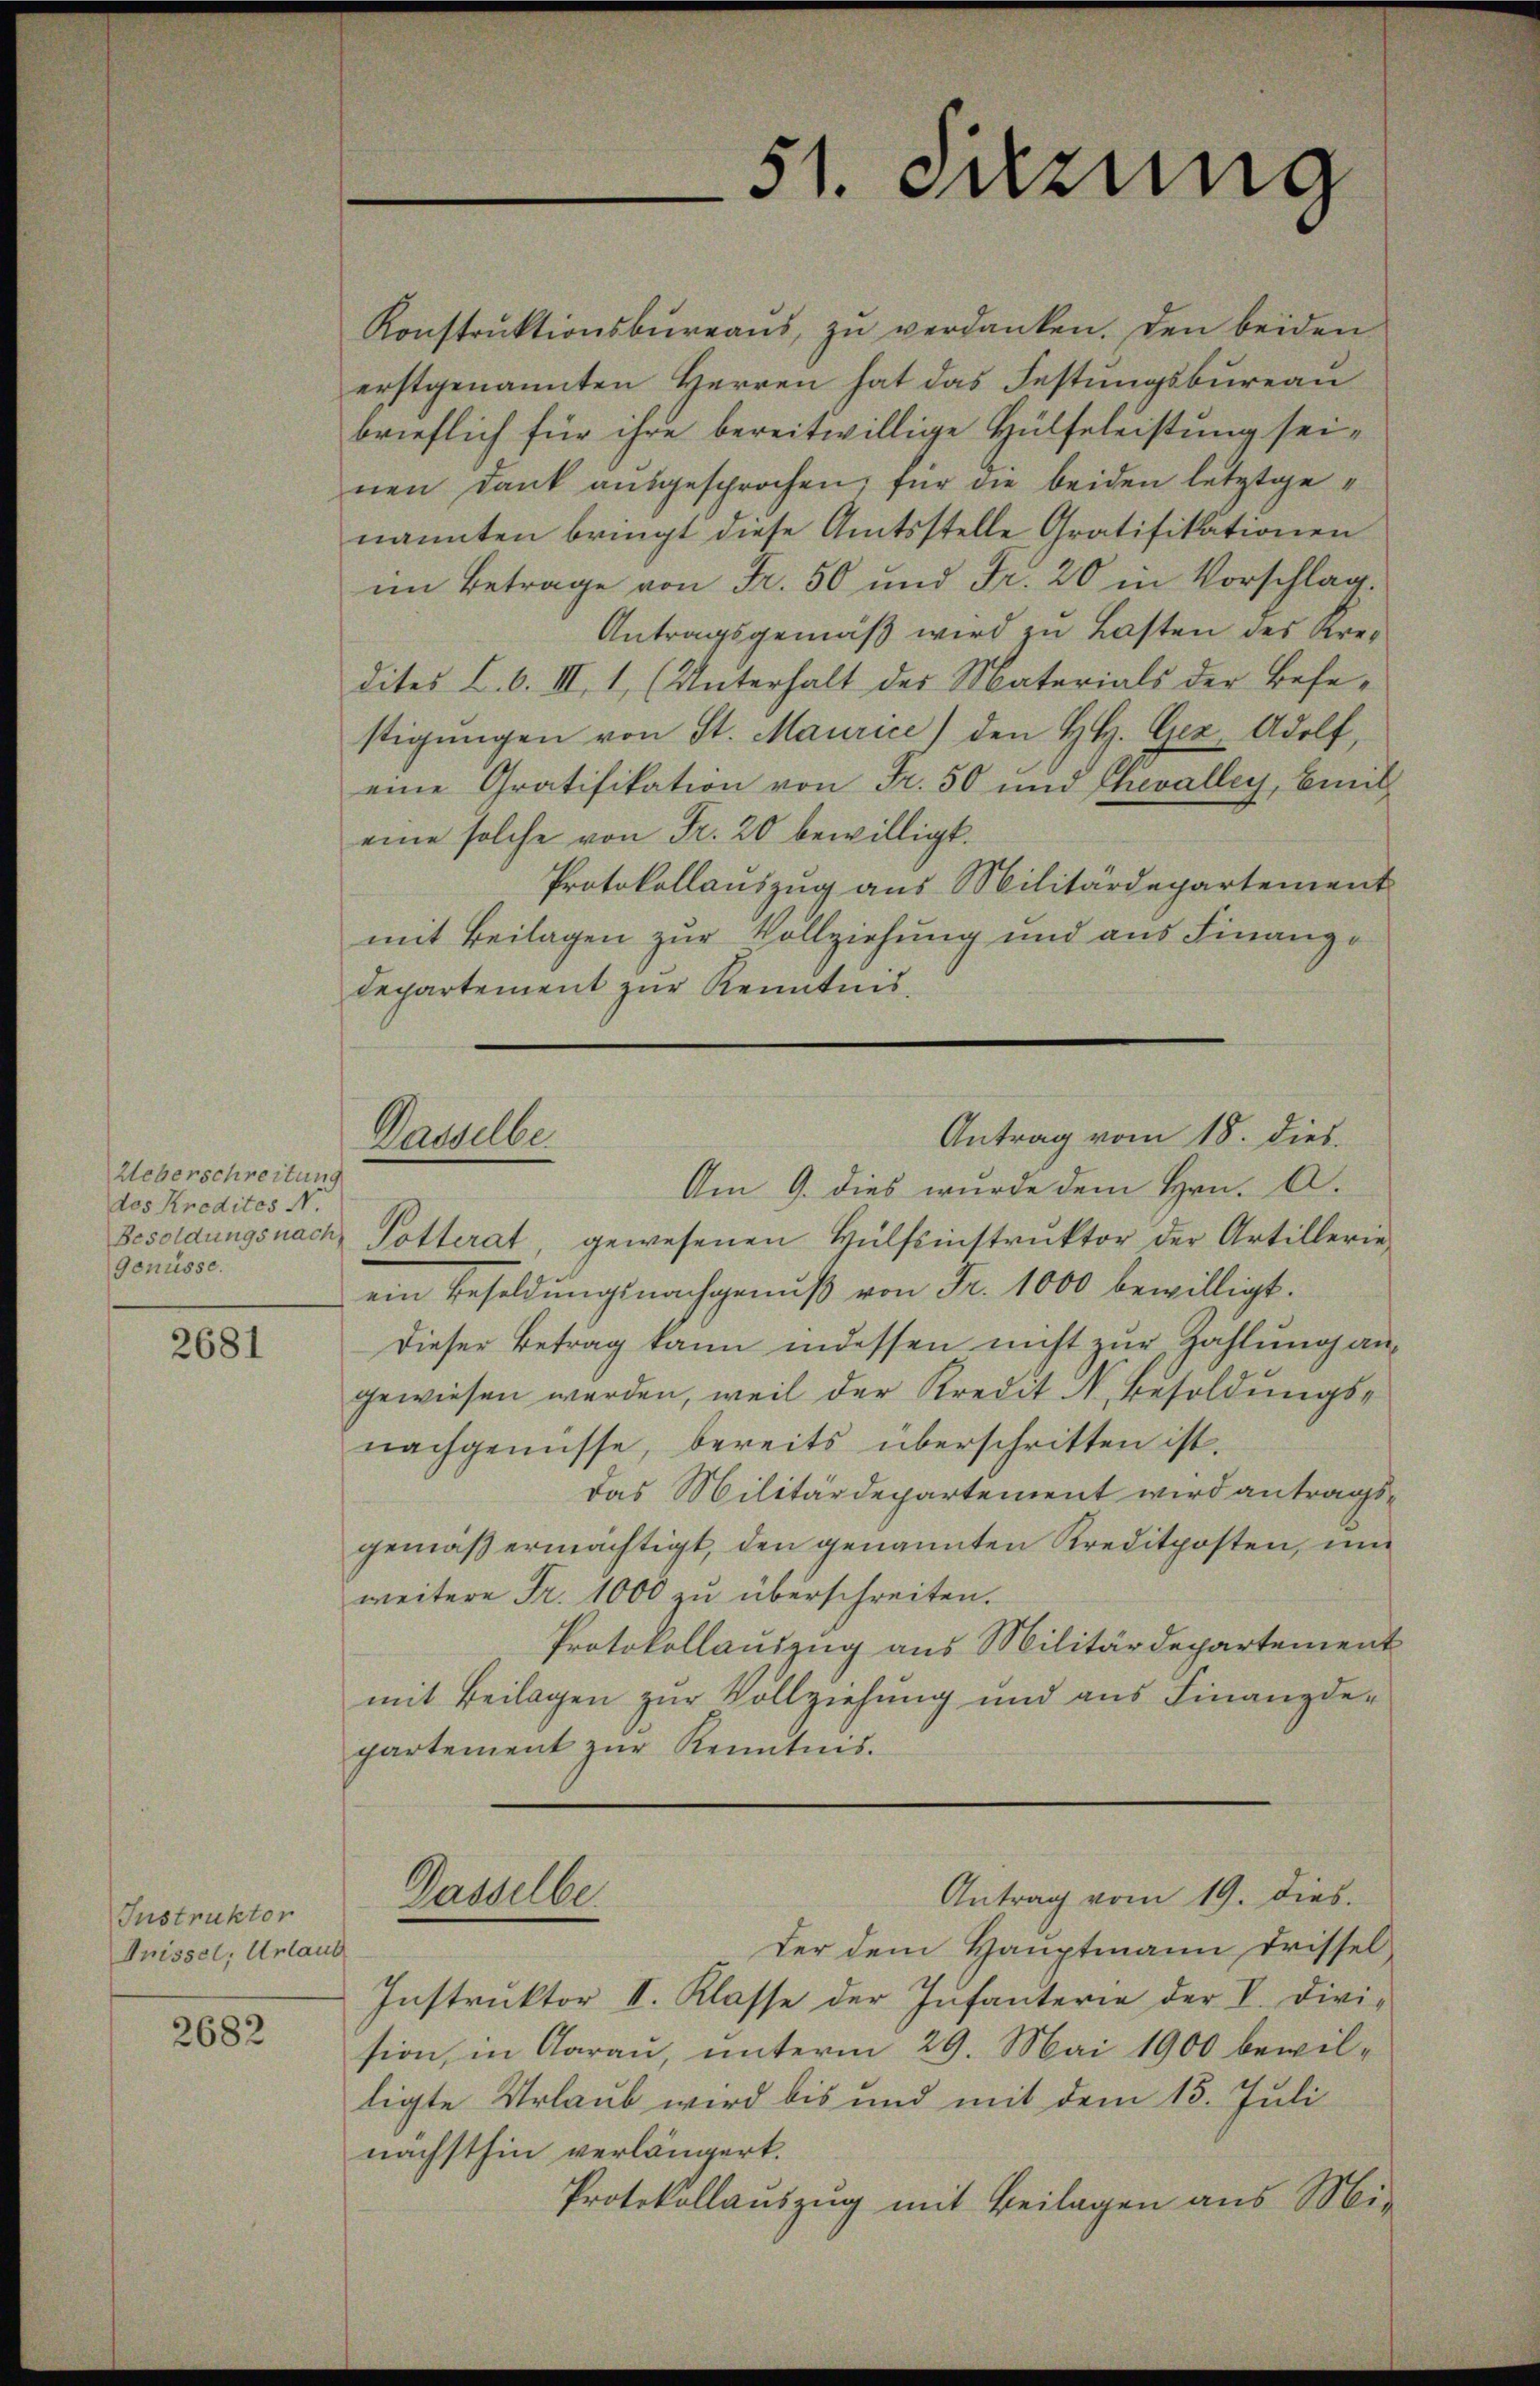
Ueberschreitung
des Kredites N.
Besoldungsnach
Genüsse.

2681

Instruktor
Inissel, Urlaub

2682

51. Satzung

Antrag vom 18. dies
Dasselbe.

Konstruktionsbureaus, zu verdanken. Den beiden
erstgenannten Herren hat das Festŭngsbureau
brieflich für ihre bereitwillige Hülfeleistung seinen Dank ausgesprochen; für die beiden letztgenannten bringt diese Amtsstelle Gratifikationen
im Betrage von Fr. 50 und Fr. 20 in Vorschlag.
Antragsgemäß wird zu Lasten des Kredites L. 6. III 1, (Unterhalt des Materials der Befestigŭngen von St. Maurice) den H. H. Cez Adolf,
eine Gratifikation von Fr. 50 und Chevalley, Emil
eine solche von Fr. 20 bewilligt.
Protokollauszug aus Militärdepartement
mit Beilagen zur Vollziehung und aus Finanz¬
Departement zur Kenntnis.

Am 9. dies wurde dem Hrn. A.
Potterat, gewesenen Hülfsinstruktor der Artillerie-
ein Besoldungsnachgenuß von Fr. 1000 bewilligt.
Dieser Betrag kann indessen nicht zur Zahlung an
gewiesen werden, weil der Kredit N. Besoldungsnachgenüsse, bereits überschritten ist.
das Militärdepartement wird antragsgemäß ermächtigt, den genannten Kreditposten, um
weitere Fr. 1000 überschreiten.
Protokollauszug aus Militärdepartement
mit Beilagen zur Vollziehung und aus Finanzde-
partement zur Kenntnis.
Antrag vom 19. dies.
Dasselbe.
der dem Hauptmann drissel
Instruktor II. Klasse der Infanterie der V. Divi-
sion, in Aarau, unterm 29. Mai 1900 bewilligte Urlaub wird bis und mit dem 15. Juli
nächsthin verlängert.
Protokollauszug mit Beilagen aus Mi-